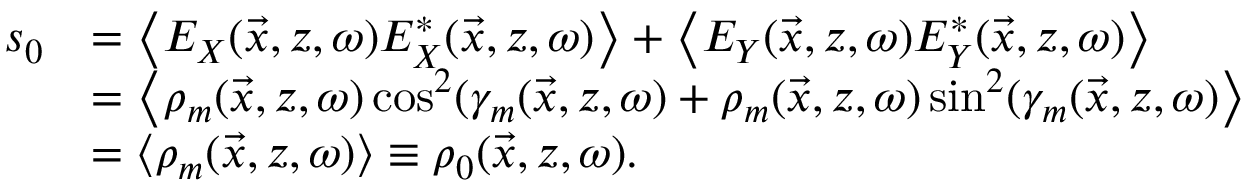
\begin{array} { r l } { s _ { 0 } } & { = \left\langle E _ { X } ( \vec { x } , z , \omega ) E _ { X } ^ { * } ( \vec { x } , z , \omega ) \right\rangle + \left\langle E _ { Y } ( \vec { x } , z , \omega ) E _ { Y } ^ { * } ( \vec { x } , z , \omega ) \right\rangle } \\ & { = \left\langle \rho _ { m } ( \vec { x } , z , \omega ) \cos ^ { 2 } ( \gamma _ { m } ( \vec { x } , z , \omega ) + \rho _ { m } ( \vec { x } , z , \omega ) \sin ^ { 2 } ( \gamma _ { m } ( \vec { x } , z , \omega ) \right\rangle } \\ & { = \left\langle \rho _ { m } ( \vec { x } , z , \omega ) \right\rangle \equiv \rho _ { 0 } ( \vec { x } , z , \omega ) . } \end{array}